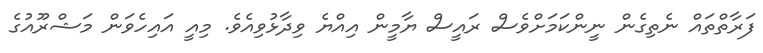
ފަރާތްތައް ނެތިގެން ނީންކަމަށްވެސް ރައީސް ޔާމީން އިއްޔެ ވިދާޅުވިއެވެ. މިއީ އައިހެވަން މަޝްރޫއުގެ